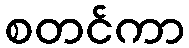
စတင်ကာ